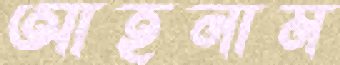
আহনাম